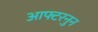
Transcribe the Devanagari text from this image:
आफ्टरनुन